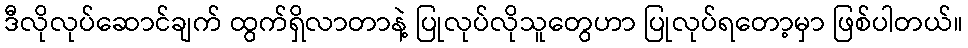
ဒီလိုလုပ်ဆောင်ချက် ထွက်ရှိလာတာနဲ့ ပြုလုပ်လိုသူတွေဟာ ပြုလုပ်ရတော့မှာ ဖြစ်ပါတယ်။